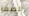
الصفر